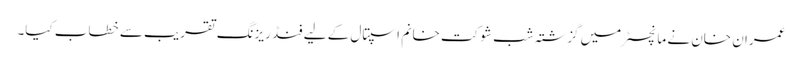
عمران خان نے مانچسٹر میں گزشتہ شب شوکت خانم اسپتال کے لیے فنڈ ریزنگ تقریب سے خطاب کیا۔